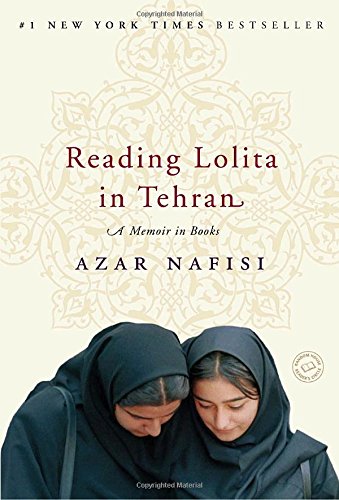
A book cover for Reading Lolita in Tehran: A Memoir in Books; Azar Nafisi; Politics & Social Sciences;